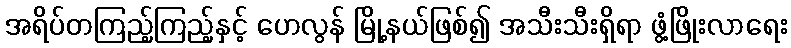
အရိပ်တကြည့်ကြည့်နှင့် ဟေလွန် မြို့နယ်ဖြစ်၍ အသီးသီးရှိရာ ဖွံ့ဖြိုးလာရေး